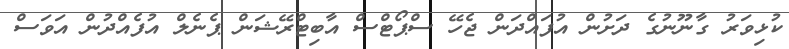
ކުޅިވަރު ގާނޫނުގެ ދަށުން އުފައްދަން ޖެހޭ ސްޕޯޓްސް އާބިޓްރޭޝަން ޕެނެލް އުފެއްދުން އަވަސް